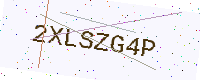
Text: 2XLSZG4P